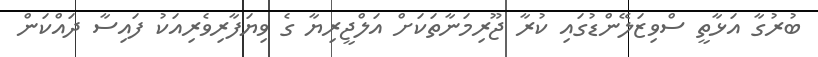
ބުރުގާ އަޅާތީ ސްވިޒަލޭންޑުގައި ކުރާ ޖޫރިމަނާތަކަށް އަލްޖީރިޔާ ގެ ވިޔަފާރިވެރިއަކު ފައިސާ ދައްކަން